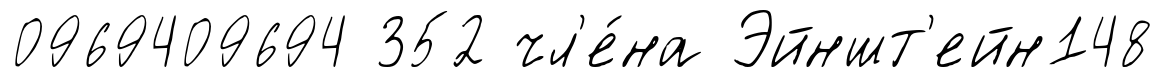
0969409694 352 чл'е́на Эйншт'ейн148